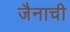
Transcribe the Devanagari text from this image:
जैनाची